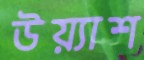
উয়্যাশ